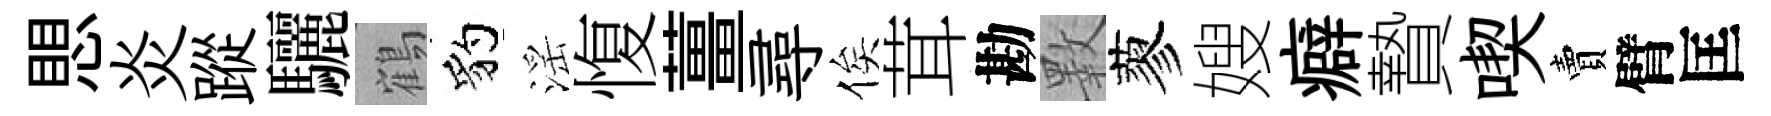
愳炎蹤驪鶴豹滛愎薑尋俟茸勘斁蓼嫂癖贄喫賣臂匡